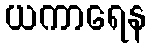
ယကာရေန